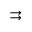
\rightrightarrows